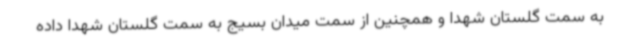
به سمت گلستان شهدا و همچنین از سمت میدان بسیج به سمت گلستان شهدا داده